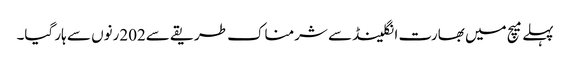
پہلے میچ میں بھارت انگلینڈ سے شرمناک طریقے سے202رنوں سے ہار گیا۔